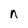
Character: n